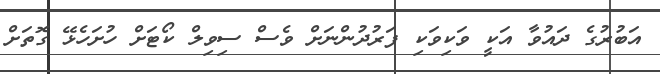
އަބުރުގެ ދައުވާ އަކީ ވަކިވަކި ފަރުދުންނަށް ވެސް ސިވިލް ކޯޓަށް ހުށަހެޅޭ ގޮތަށް